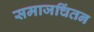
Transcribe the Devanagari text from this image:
समाजचिंतन